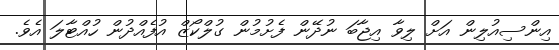
އިންސިއުލިން އަށް ލިވާ އިޖާބަ ނުދޭން ފެށުމުން ގުލްކޯޒް އުފެއްދުން ހުއްޓާލަ އެވެ.